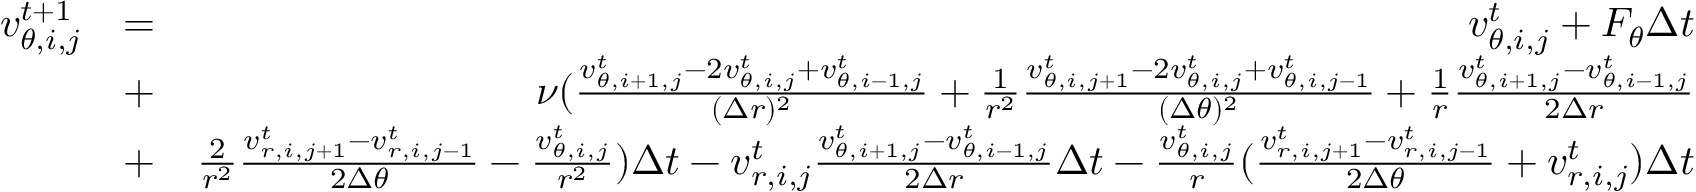
\begin{array} { r l r } { v _ { \theta , i , j } ^ { t + 1 } } & { = } & { v _ { \theta , i , j } ^ { t } + F _ { \theta } \Delta t } \\ & { + } & { \nu ( \frac { v _ { \theta , i + 1 , j } ^ { t } - 2 v _ { \theta , i , j } ^ { t } + v _ { \theta , i - 1 , j } ^ { t } } { ( \Delta r ) ^ { 2 } } + \frac { 1 } { r ^ { 2 } } \frac { v _ { \theta , i , j + 1 } ^ { t } - 2 v _ { \theta , i , j } ^ { t } + v _ { \theta , i , j - 1 } ^ { t } } { ( \Delta \theta ) ^ { 2 } } + \frac { 1 } { r } \frac { v _ { \theta , i + 1 , j } ^ { t } - v _ { \theta , i - 1 , j } ^ { t } } { 2 \Delta r } } \\ & { + } & { \frac { 2 } { r ^ { 2 } } \frac { v _ { r , i , j + 1 } ^ { t } - v _ { r , i , j - 1 } ^ { t } } { 2 \Delta \theta } - \frac { v _ { \theta , i , j } ^ { t } } { r ^ { 2 } } ) \Delta t - v _ { r , i , j } ^ { t } \frac { v _ { \theta , i + 1 , j } ^ { t } - v _ { \theta , i - 1 , j } ^ { t } } { 2 \Delta r } \Delta t - \frac { v _ { \theta , i , j } ^ { t } } { r } ( \frac { v _ { r , i , j + 1 } ^ { t } - v _ { r , i , j - 1 } ^ { t } } { 2 \Delta \theta } + v _ { r , i , j } ^ { t } ) \Delta t } \end{array}